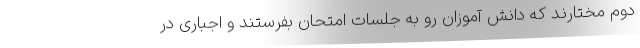
دوم مختارند که دانش آموزان رو به جلسات امتحان بفرستند و اجباری در